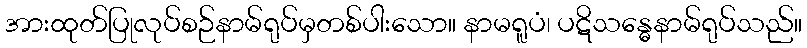
အားထုတ်ပြုလုပ်စဉ်နာမ်ရုပ်မှတစ်ပါးသော။ နာမရူပံ၊ ပဋိသန္ဓေနာမ်ရုပ်သည်။